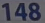
148